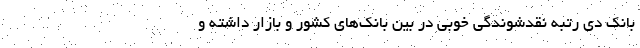
بانک دی رتبه نقدشوندگی خوبی در بین بانک‌های کشور و بازار داشته و